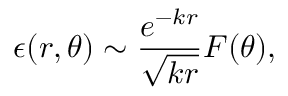
\epsilon ( r , \theta ) \sim \frac { e ^ { - k r } } { \sqrt { k r } } F ( \theta ) ,